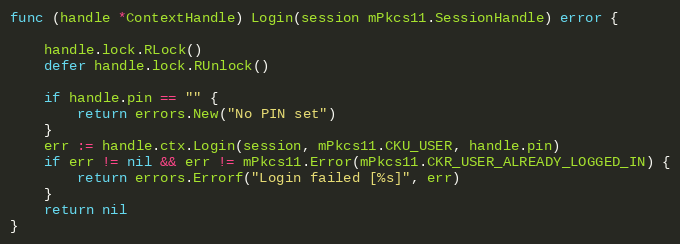
Language: Go
func (handle *ContextHandle) Login(session mPkcs11.SessionHandle) error {

	handle.lock.RLock()
	defer handle.lock.RUnlock()

	if handle.pin == "" {
		return errors.New("No PIN set")
	}
	err := handle.ctx.Login(session, mPkcs11.CKU_USER, handle.pin)
	if err != nil && err != mPkcs11.Error(mPkcs11.CKR_USER_ALREADY_LOGGED_IN) {
		return errors.Errorf("Login failed [%s]", err)
	}
	return nil
}